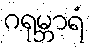
ဂရုမ္ဘာရံ